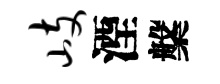
岐湮槃